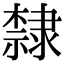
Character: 隸